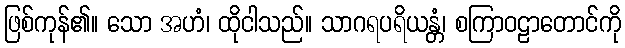
ဖြစ်ကုန်၏။ သော အဟံ၊ ထိုငါသည်။ သာဂရပရိယန္တံ၊ စကြာဝဠာတောင်ကို